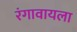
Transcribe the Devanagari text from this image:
रंगावायला